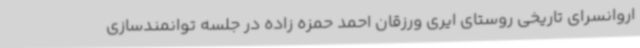
اروانسرای تاریخی روستای ایری ورزقان احمد حمزه زاده در جلسه توانمندسازی